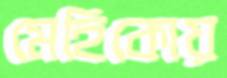
মেহিকোয়